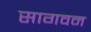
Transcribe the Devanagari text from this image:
सागवन